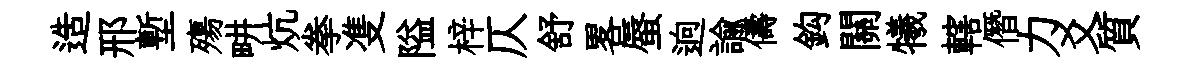
造邢塹殤畊炕拳㕠隘梓仄舒畧蜃逈諭儔鈎關犧轄僭力爻質